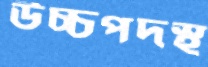
উচ্চপদস্থ্